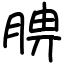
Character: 腗